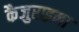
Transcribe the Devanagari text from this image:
कैजुराइना